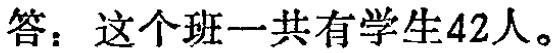
答：这个班一共有学生42人。